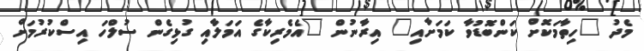
މެދު "ހިތާމަކޮށް ކަންބޮޑުވާ ކަމަށާއި" އިރާނުން "އެމެރިކާގެ އަމަލާއި ގުޅިގެން ސުލްހަ އިސްކުރުމަށް